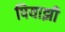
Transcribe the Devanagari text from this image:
पियाझी